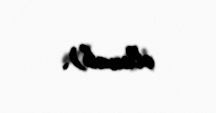
olunub).